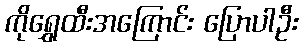
ကိုရွှေထီးအကြောင်း ပြောပါဦး